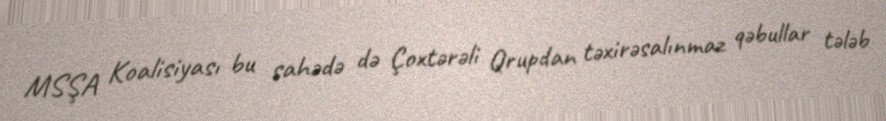
MSŞA Koalisiyası bu sahədə də Çoxtərəli Qrupdan təxirəsalınmaz qəbullar tələb